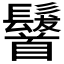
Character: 𩠷